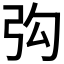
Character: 𮱴